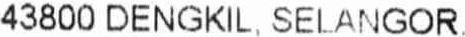
43800 DENGKIL, SELANGOR.